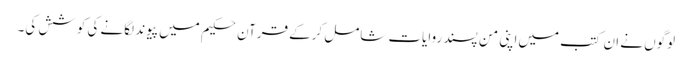
لوگوں نے ان کتب میں‌اپنی من پسند روایات شامل کرکے قرآن حکیم میں پیوند لگانے کی کوشش کی۔